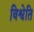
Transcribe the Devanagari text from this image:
विश्वेति